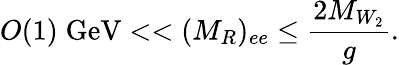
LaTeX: O(1)\; \mathrm{GeV}<<(M_{R})_{ee}\leq\frac{2M_{W_{2}}}{g}.